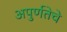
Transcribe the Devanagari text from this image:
अपुर्णतेचे